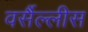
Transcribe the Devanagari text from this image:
वर्सैल्लीस